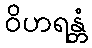
ဝိဟရန္တံ